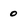
Character: o